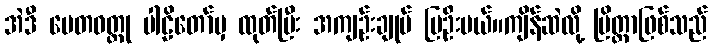
အဲဒီ ပေတဝတ္ထု ပါဠိတော်မှ ထုတ်ပြီး အကျဉ်းချုပ် ပြဦးမယ်။ကျိန်ဆဲလို့ ပြိတ္တာဖြစ်သည်